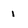
Character: 1